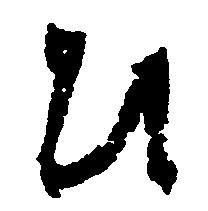
ひ